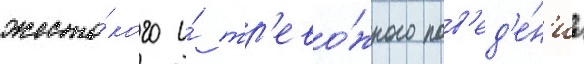
жесто́кого и́ тр'ево́жного пов'ед'е́н'иа